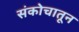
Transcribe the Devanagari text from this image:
संकोचातून